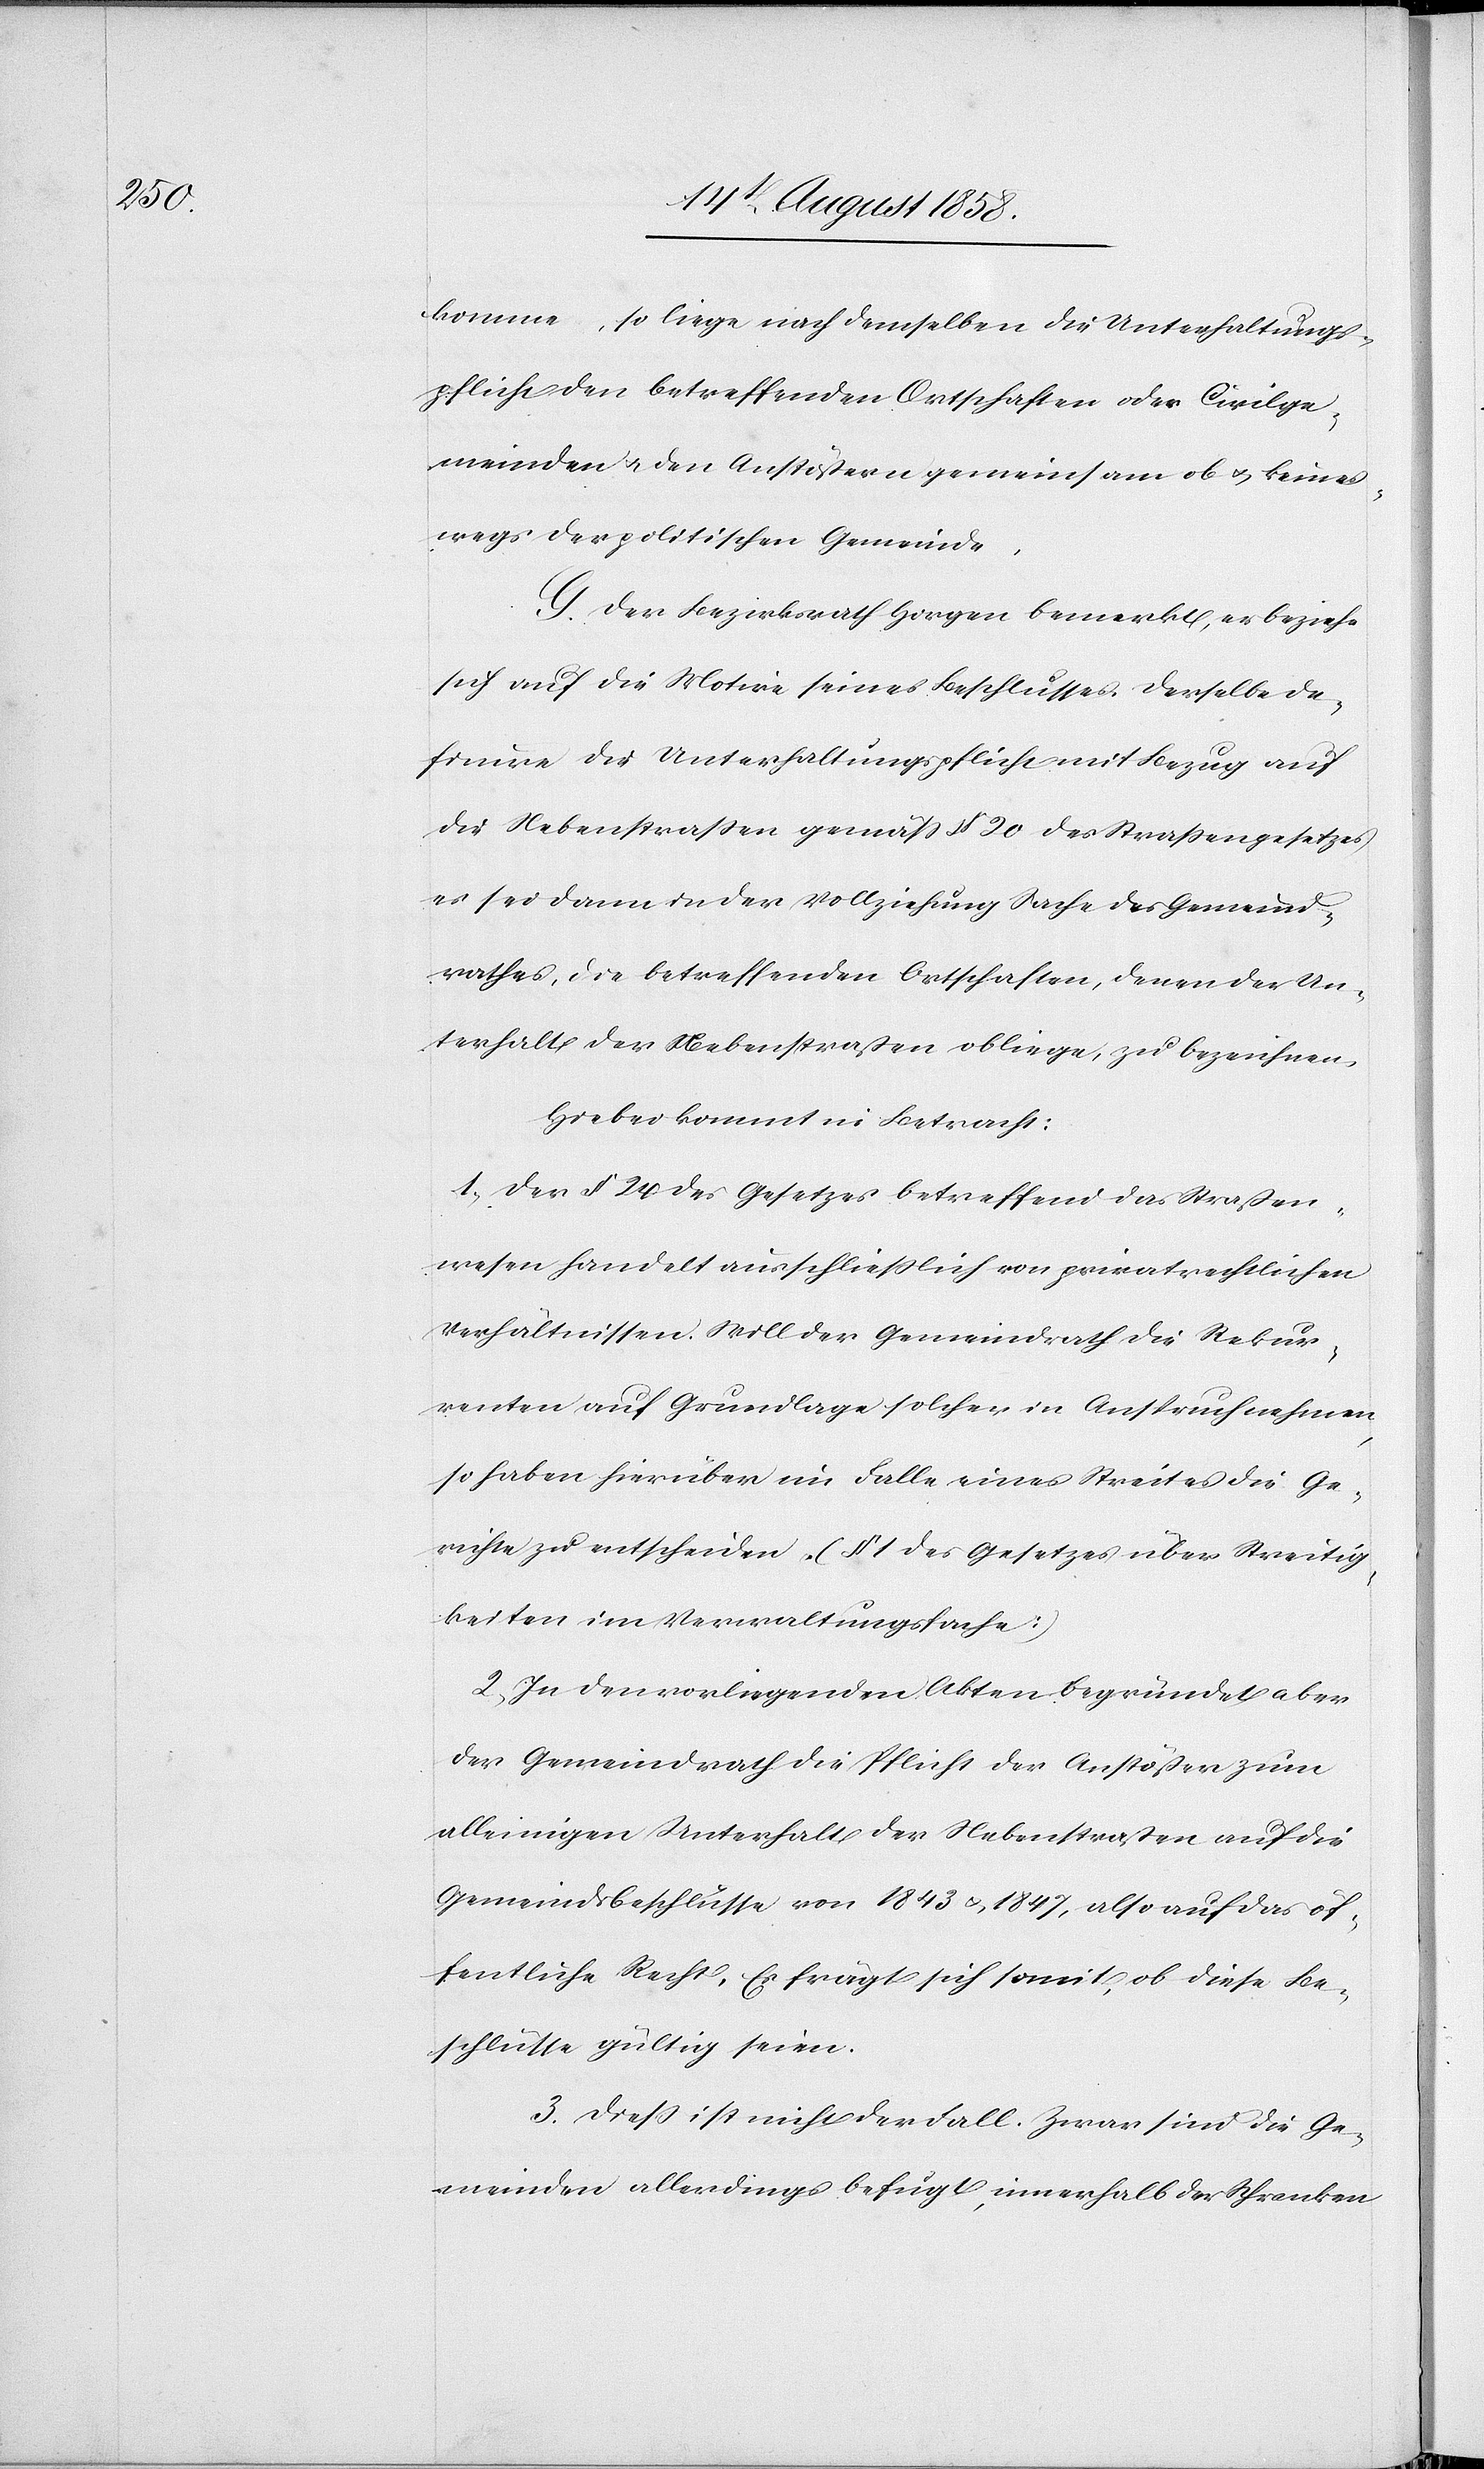
komme, so liege nach demselben die Unterhaltungs¬
pflicht den betreffenden Ortschaften oder Civilge¬
meinden & den Anstößern gemeinsam ob & keines¬
wegs der politischen Gemeinde.
G. Der Bezirksrath Horgen bemerkt, er beziehe
sich auf die Motive seines Beschlusses. Derselbe de¬
finire die Unterhaltungspflicht mit Bezug auf
die Nebenstrassen gemäss § 20 des Strassengesetzes
es sei dann in der Vollziehung Sache des Gemeind¬
rathes, die betreffenden Ortschaften, denen der Un¬
terhalt der Nebenstraßen obliege, zu bezeichnen.
Hiebei kommt in Betracht:
1) Der § 24 des Gesetzes betreffend das Straßen¬
wesen handelt ausschliesslich von privatrechtlichen
Verhältnissen. Will der Gemeindrath die Rekur¬
renten auf Grundlage solcher in Anspruch nehmen,
so haben hierüber im Falle eines Streites die Ge¬
richte zu entscheiden. (§ 1 des Gesetzes über Streitig¬
keiten im Verwaltungsfache)
2) In den vorliegenden Akten begründet aber
der Gemeindrath die Pflicht der Anstößer zum
alleinigen Unterhalt der Nebenstraßen auf die
Gemeindsbeschlüsse von 1843 & 1847, also auf das öf¬
fentliche Recht. Es frägt sich somit, ob diese Be¬
schlüsse gültig seien.
3. Diess ist nicht der Fall. Zwar sind die Ge¬
meinden allerdings befugt, innerhalb der Schranken